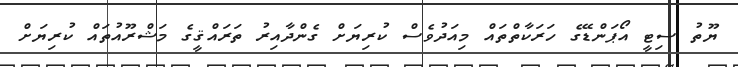
ޔޫތު ސިޓީ އޯޕަންޑޭގެ ހަރަކާތްތައް މިއަދުވެސް ކުރިޔަށް ގެންދާއިރު ތަރައްޤީގެ މަޝްރޫއުތައް ކުރިޔަށް